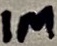
Text: 1M